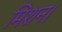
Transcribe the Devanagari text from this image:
मिशन।